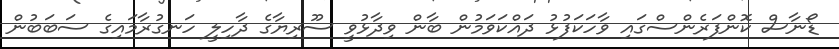
ޑޯނާސް ކޮންފަރެންސްގައި ވާހަކަފުޅު ދައްކަވަމުން ބާން ވިދާޅުވީ ސޫރިޔާގެ ދާހިލީ ހަނގުރާމައިގެ ސަބަބުން